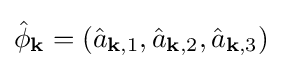
{\hat {\phi }}_{\mathbf {k} }=({\hat {a}}_{\mathbf {k} ,1},{\hat {a}}_{\mathbf {k} ,2},{\hat {a}}_{\mathbf {k} ,3})